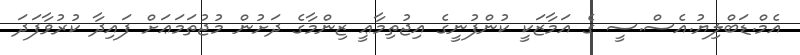
އެމް.ޑަބްލިޔު.އެސް.ސީ ގެ އަމާޒަކީ ކުންފުނީގެ އިޖުތިމާޢީ ޒިންމާގެ ދަށުން މުޖުތަމަޢަށް ފައިދާ ކުރުވާފަދަ